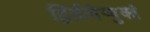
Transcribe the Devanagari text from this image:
द्वितीयेप्युक्तं